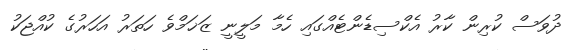
ދުވަސް ކުރިން ކާރު އެކްސިޑެންޓެއްގައި ހެމާ މަލީނީ ޒަޚަމްވެ ހަތަރު އަހަރުގެ ކުއްޖަކު